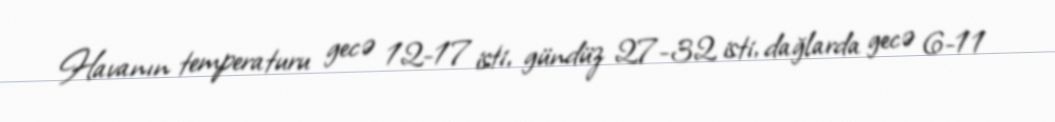
Havanın temperaturu gecə 12-17 isti, gündüz 27-32 isti, dağlarda gecə 6-11